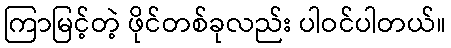
ကြာမြင့်တဲ့ ဖိုင်တစ်ခုလည်း ပါဝင်ပါတယ်။